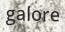
galore